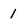
Character: l